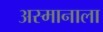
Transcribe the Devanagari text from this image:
अस्मानाला